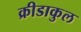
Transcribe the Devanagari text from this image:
क्रीडाकुल